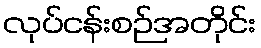
လုပ်ငန်းစဉ်အတိုင်း